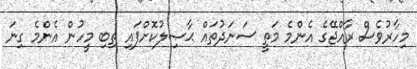
މިހާރުވެސް ރާއްޖޭގެ އެންމެ މަތީ ސަނަދުތައް ޙާޞިލުކޮށްފައި ތިބި މީހުން އެންމެ ގިނަ